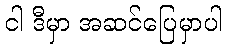
ငါ ဒီမှာ အဆင်ပြေမှာပါ